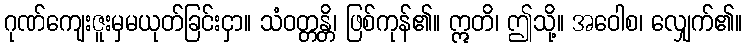
ဂုဏ်ကျေးဇူးမှမယုတ်ခြင်းငှာ။ သံဝတ္တန္တိ၊ ဖြစ်ကုန်၏။ ဣတိ၊ ဤသို့။ အဝေါစ၊ လျှေက်၏။